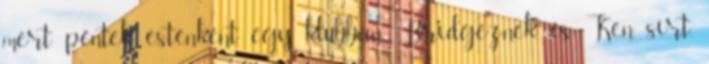
mert péntek esténként egy klubban Bridgeznek, és Ken sírt,